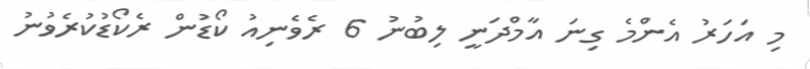
މި އަހަރު އެންމެ ގިނަ އާމްދަނީ ލިބުނު 6 ރެވެނިއު ކޯޑުން ރެކޯޑުކުރެވުނު